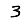
Digit: 3